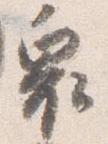
奥